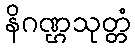
နိဂဏ္ဌသုတ္တံ